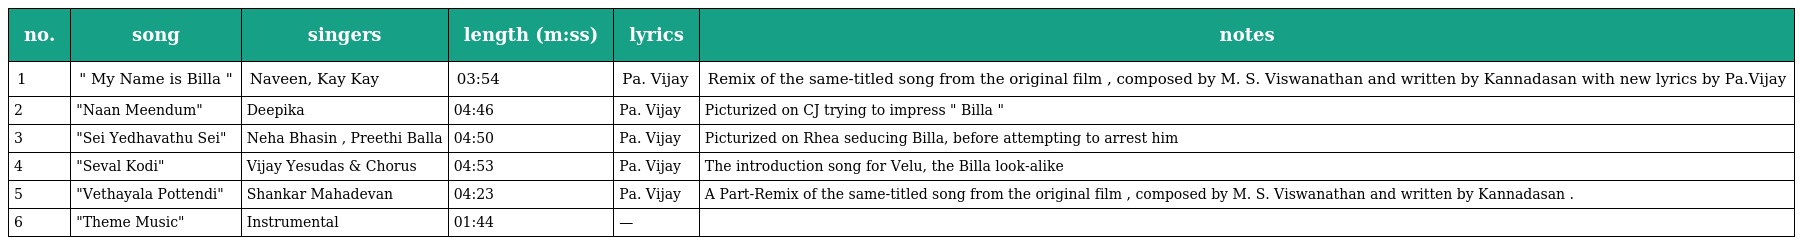
| no. | song | singers | length (m:ss) | lyrics | notes |
 | --- | --- | --- | --- | --- | --- |
 | 1 | " My Name is Billa " | Naveen, Kay Kay | 03:54 | Pa. Vijay | Remix of the same-titled song from the original film , composed by M. S. Viswanathan and written by Kannadasan with new lyrics by Pa.Vijay |
 | 2 | "Naan Meendum" | Deepika | 04:46 | Pa. Vijay | Picturized on CJ trying to impress " Billa " |
 | 3 | "Sei Yedhavathu Sei" | Neha Bhasin , Preethi Balla | 04:50 | Pa. Vijay | Picturized on Rhea seducing Billa, before attempting to arrest him |
 | 4 | "Seval Kodi" | Vijay Yesudas & Chorus | 04:53 | Pa. Vijay | The introduction song for Velu, the Billa look-alike |
 | 5 | "Vethayala Pottendi" | Shankar Mahadevan | 04:23 | Pa. Vijay | A Part-Remix of the same-titled song from the original film , composed by M. S. Viswanathan and written by Kannadasan . |
 | 6 | "Theme Music" | Instrumental | 01:44 | — |  |